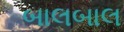
બાલબાલ